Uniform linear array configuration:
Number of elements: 8
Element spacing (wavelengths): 1
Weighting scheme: cosine
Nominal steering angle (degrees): -45
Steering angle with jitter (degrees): -46.554
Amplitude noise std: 0.05
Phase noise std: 0.05

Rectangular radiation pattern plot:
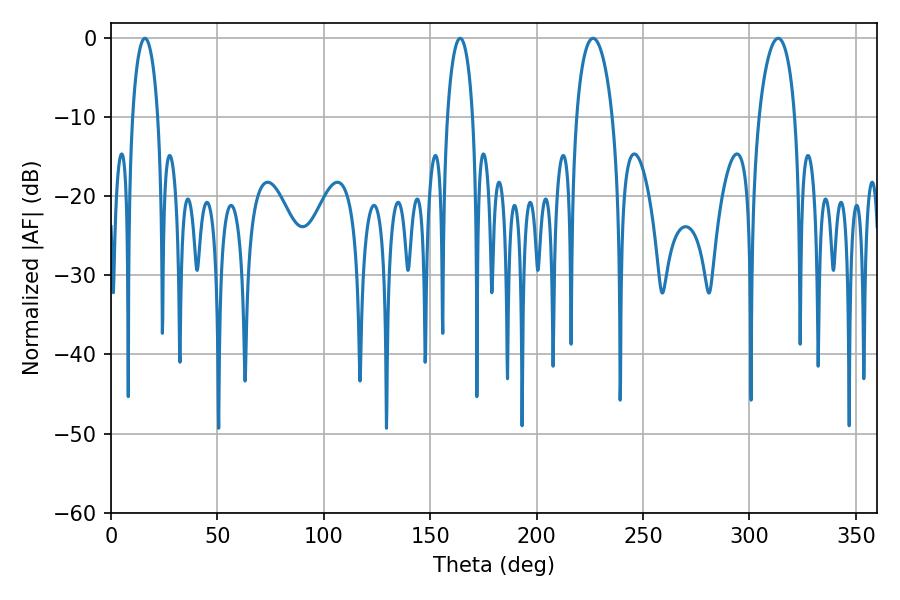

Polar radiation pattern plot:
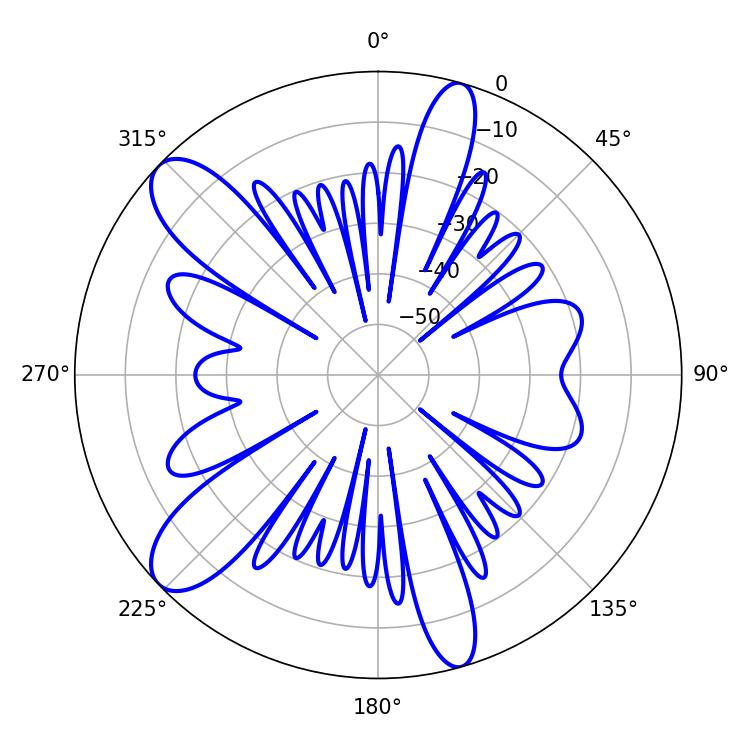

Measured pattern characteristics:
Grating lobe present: TRUE
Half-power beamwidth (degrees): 9.54
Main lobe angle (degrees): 226.44